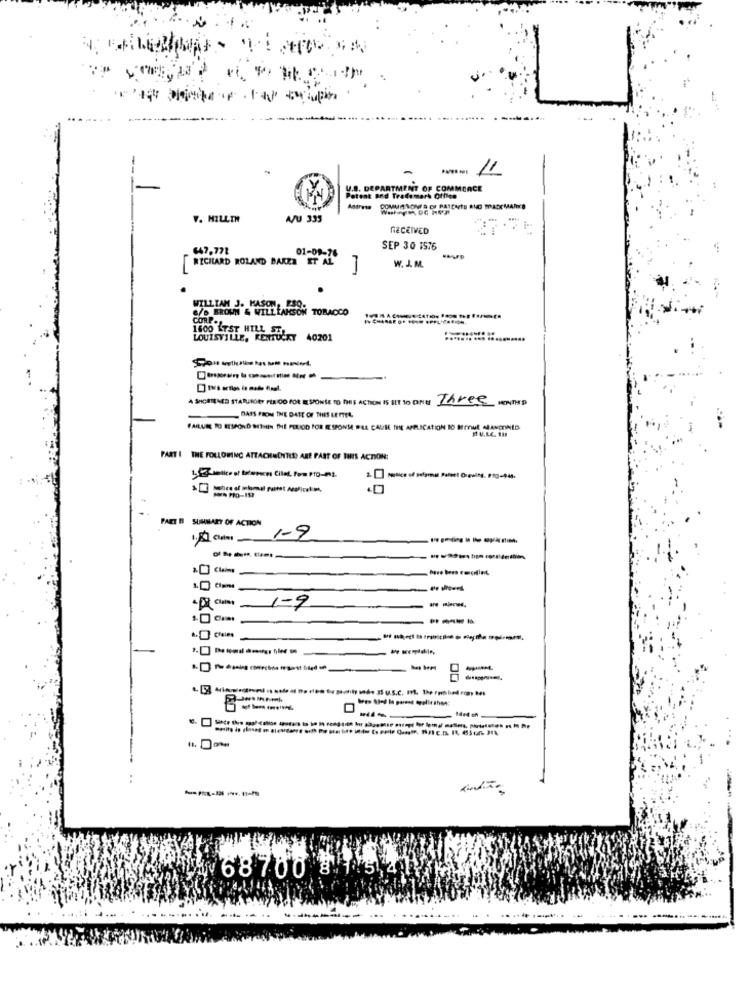
-
11
U.S. DEPARTMENT OF COMMERCE
Patent ord Trademark Office
COMUMNONES OF PATENTE AND TRADEMARKS
V. HILLTH
AJU 335
RECEIVED
647,771
01-09-70
SEP 30 1576
RICHARD ROLAND BARER
ET AL
W. J. M.
C/D BROWN & WILLLARSON TOBACCO
WILLIAM
CORP ..
1600 LYST HILL ST
LOUISVILLE, KENTUCKY 40201
....... ... ..........
A SHORTENED STATUTORY PLAIDO FOR RESPONSE TO THIS ACTION IS SET TO ONE Three KENTHD
DASS FROM THE DATE OF THES LETTER
FAILURE TO RESPOND MITHIN DIE PERIOD FOR ESPONM BEL CAUSE THE APPLICATION 10 Mmut JANCOINED
BU.LE. 1M
PART I THE FOLLOWING ATTACHMENTIS) ARE PART OF THIS ACTION:
1.etico of broec Ciled. for Pro-ML
- Pło-197
PARET B SUMMARY OF ACTION
1-9
-------
----
--------
--
417 Cha 1-9
----
..
68700 8 1.5,41
----